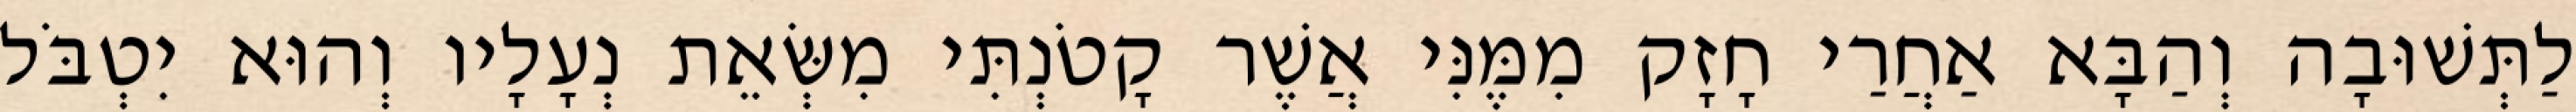
לַתְּשׁוּבָה וְהַבָּא אַחֲרַי חָזָק מִמֶּנִּי אֲשֶׁר קָטֹנְתִּי מִשְּׂאֵת נְעָלָיו וְהוּא יִטְבֹּל